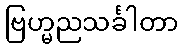
ဗြဟ္မညသင်္ခါတာ